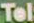
Tel